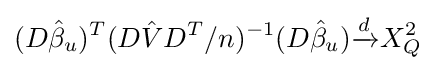
(D{\hat {\beta }}_{u})^{T}(D{\hat {V}}D^{T}/n)^{-1}(D{\hat {\beta }}_{u}){\xrightarrow {d}}X_{Q}^{2}